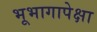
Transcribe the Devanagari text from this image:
भूभागापेक्षा